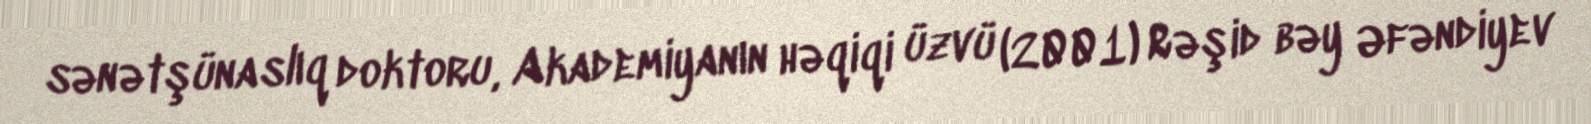
sənətşünaslıq doktoru, Akademiyanın həqiqi üzvü (2001) Rəşid bəy Əfəndiyev